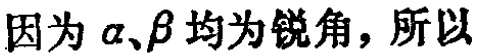
因为\(\alpha、\beta\)均为锐角，所以